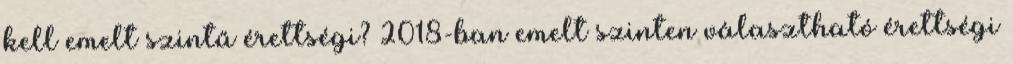
kell emelt szintű érettségi? 2018-ban emelt szinten választható érettségi